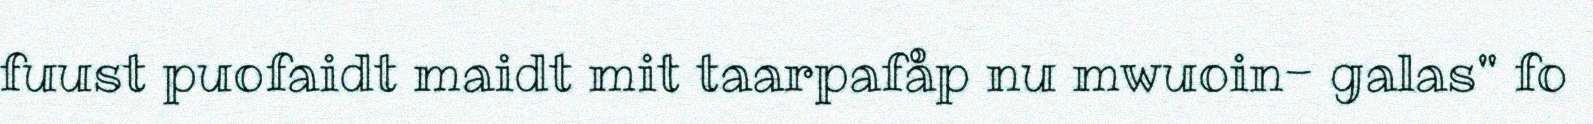
fuust puofaidt maidt mit taarpafåp nu mwuoin- galas" fo